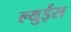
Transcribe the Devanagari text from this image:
ल्युईस